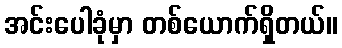
အင်းပေါခုံမှာ တစ်ယောက်ရှိတယ်။